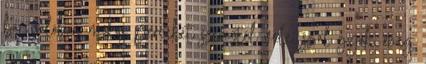
bár valóban mókás perceket szereztél vele, sz'al gyak. még